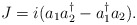
\begin{align*}J=i(a_{1}a_{2}^{\dagger}-a_1^{\dagger}a_2).\end{align*}